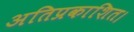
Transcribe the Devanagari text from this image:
अतिप्रकाशित।